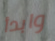
وابدأ